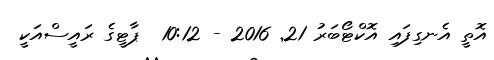
އޮތީ އެނގިފައި އޮކްޓޯބަރު 21